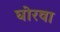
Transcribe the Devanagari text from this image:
घोरवा